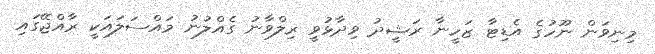
މިނިވަން ނޫހުގެ އެޑިޓާ ޒަހީނާ ރަޝީދު ވިދާޅުވީ ރިލްވާނު ގެއްލުނު މައްސަލައަކީ ރާއްޖޭގައި